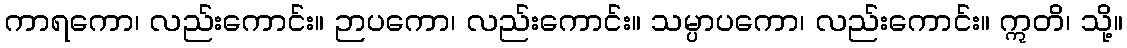
ကာရကော၊ လည်းကောင်း။ ဉာပကော၊ လည်းကောင်း။ သမ္ပာပကော၊ လည်းကောင်း။ ဣတိ၊ သို့။